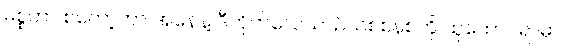
မစ္စတာ စတော့ကာ အနေနဲ့ ဒီတိုက်လေယာဉ်သစ်စနစ်ကို ထူထောင်ရာမှာ